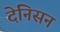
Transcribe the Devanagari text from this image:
देनिसन